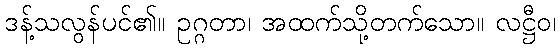
ဒန့်သလွန်ပင်၏။ ဥဂ္ဂတာ၊ အထက်သို့တက်သော။ လဋ္ဌီဝ၊